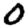
Digit: 0